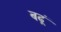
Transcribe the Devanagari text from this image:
बढ़ूं